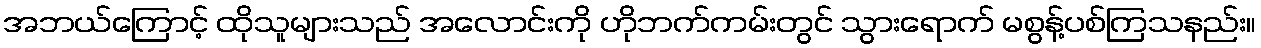
အဘယ်ကြောင့် ထိုသူများသည် အလောင်းကို ဟိုဘက်ကမ်းတွင် သွားရောက် မစွန့်ပစ်ကြသနည်း။